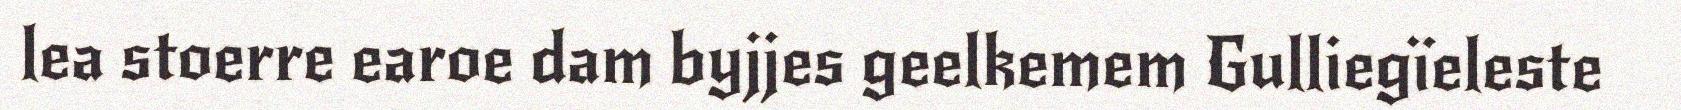
lea stoerre earoe dam byjjes geelkemem Gulliegïeleste